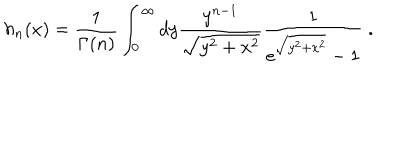
LaTeX: h _ { n } ( x ) = \frac { 1 } { \Gamma ( n ) } \int _ { 0 } ^ { \infty } d y \frac { y ^ { n - 1 } } { \sqrt { y ^ { 2 } + x ^ { 2 } } } \frac { 1 } { e ^ { \sqrt { y ^ { 2 } + x ^ { 2 } } } - 1 } \; .